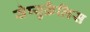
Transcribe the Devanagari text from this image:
सेप्युक्रैलिस